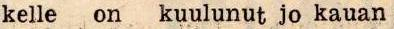
kelle on kuulunut jo kauan